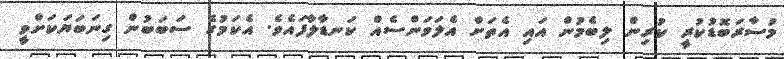
މުސާރަބޮޑުކުރީ ކުރިން ލިބެމުން އައި އެތަށް އެލަވަންސެއް ކަނޑާލާފައެވެ. އެކަމުގެ ސަބަބުން ގިނަބަޔަކަށްވީ